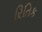
રિતિક